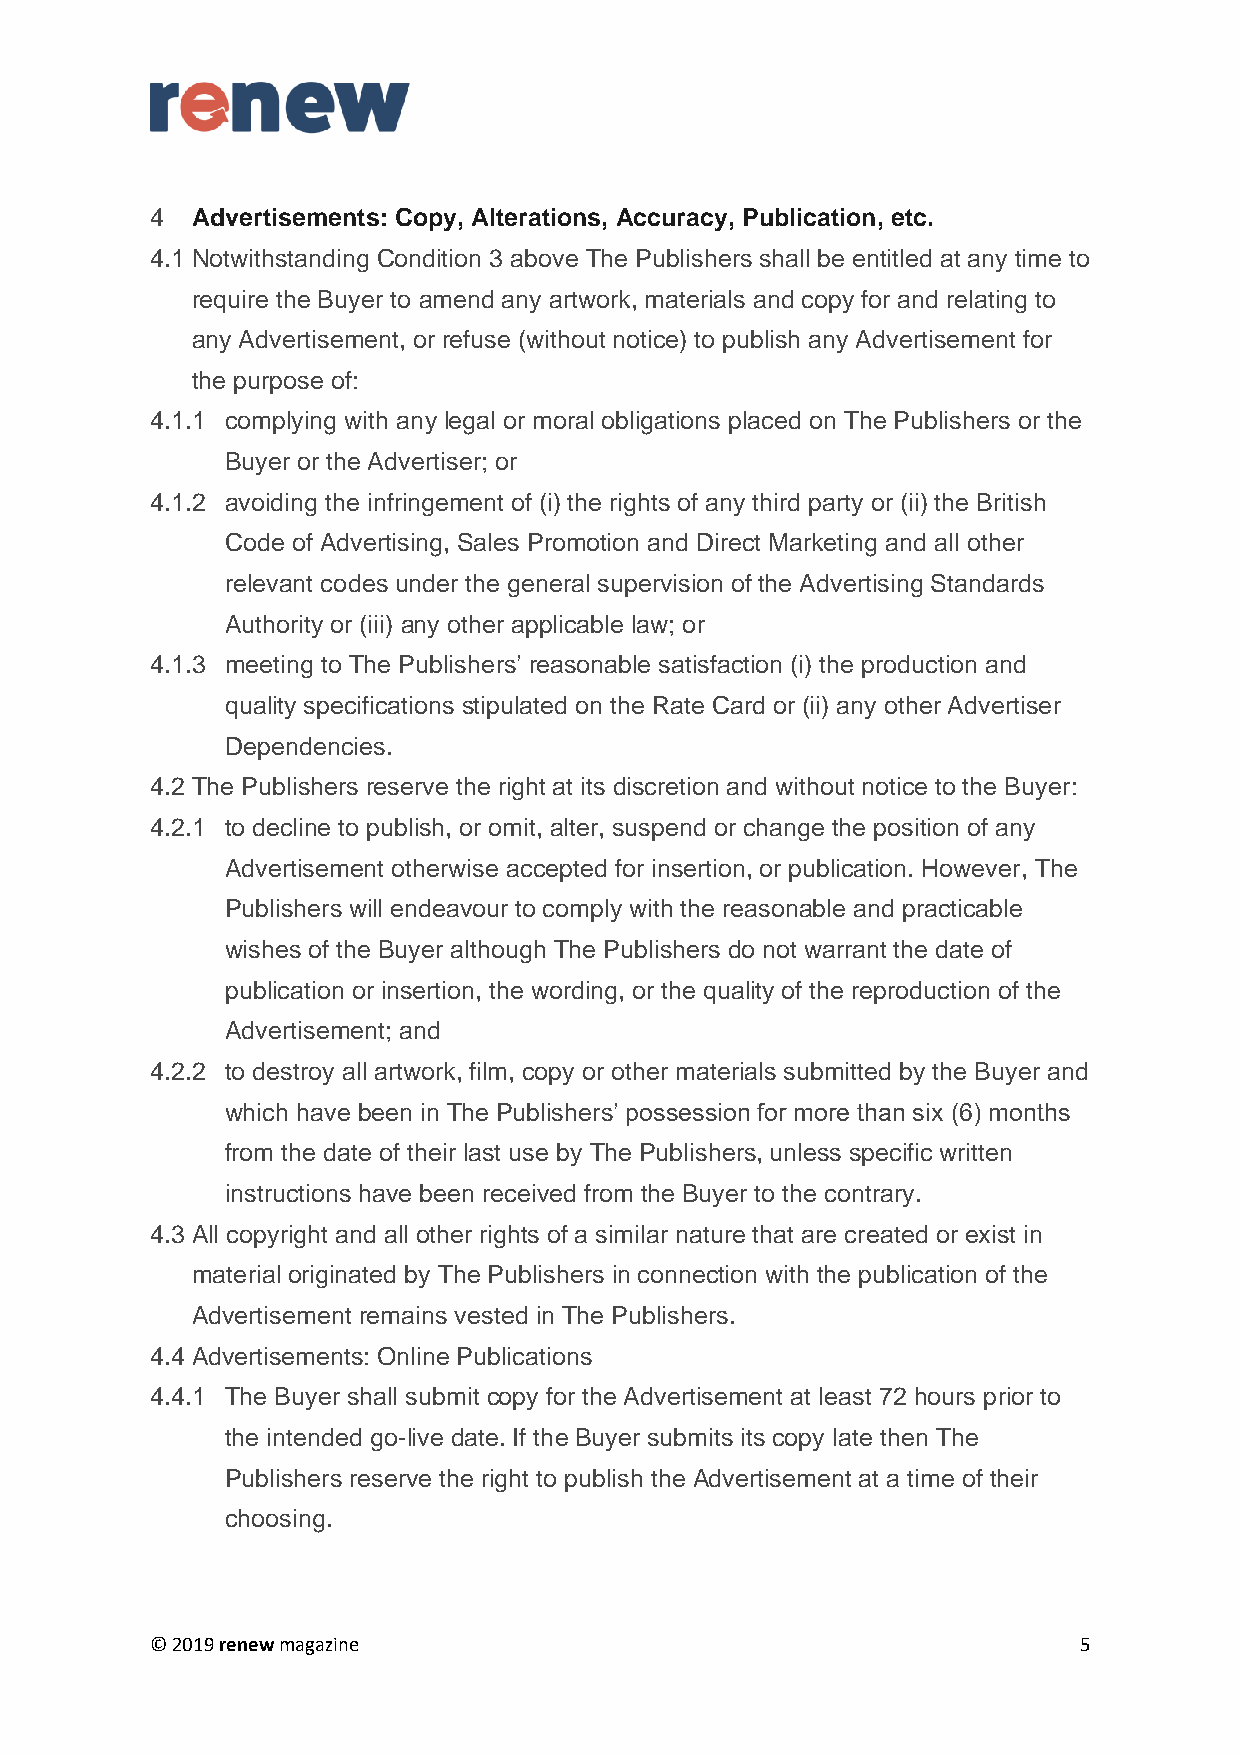
4  Advertisements: Copy, Alterations, Accuracy, Publication, etc.
 4.1 Notwithstanding Condition 3 above The Publishers shall be entitled at any time to
 require the Buyer to amend any artwork, materials and copy for and relating to
 any Advertisement, or refuse (without notice) to publish any Advertisement for
 the purpose of:
 4.1.1 complying with any legal or moral obligations placed on The Publishers or the
 Buyer or the Advertiser; or
 4.1.2 avoiding the infringement of (i) the rights of any third party or (ii) the British
 Code of Advertising, Sales Promotion and Direct Marketing and all other
 relevant codes under the general supervision of the Advertising Standards
 Authority or (iii) any other applicable law; or
 4.1.3 meeting to The Publishers’ reasonable satisfaction (i) the production and
 quality specifications stipulated on the Rate Card or (ii) any other Advertiser
 Dependencies.
 4.2 The Publishers reserve the right at its discretion and without notice to the Buyer:
 4.2.1 to decline to publish, or omit, alter, suspend or change the position of any
 Advertisement otherwise accepted for insertion, or publication. However, The
 Publishers will endeavour to comply with the reasonable and practicable
 wishes of the Buyer although The Publishers do not warrant the date of
 publication or insertion, the wording, or the quality of the reproduction of the
 Advertisement; and
 4.2.2 to destroy all artwork, film, copy or other materials submitted by the Buyer and
 which have been in The Publishers’ possession for more than six (6) months
 from the date of their last use by The Publishers, unless specific written
 instructions have been received from the Buyer to the contrary.
 4.3 All copyright and all other rights of a similar nature that are created or exist in
 material originated by The Publishers in connection with the publication of the
 Advertisement remains vested in The Publishers.
 4.4 Advertisements: Online Publications
 4.4.1 The Buyer shall submit copy for the Advertisement at least 72 hours prior to
 the intended go-live date. If the Buyer submits its copy late then The
 Publishers reserve the right to publish the Advertisement at a time of their
 choosing.
 © 2019 renew magazine                                        5